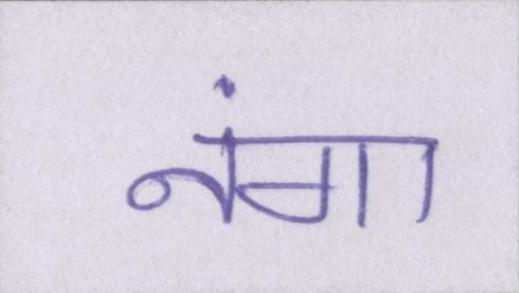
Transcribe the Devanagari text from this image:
नंगा